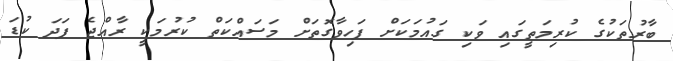
ބާރުތަކުގެ ކުރިމަތީގައި ވަކި ގައުމަކަށް ފަހިވާގޮތަށް މަސައްކަތް ކުރުމަކީ ރާއްޖެ ފަދަ ކުޑަ